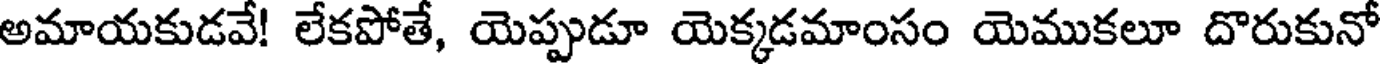
అమాయకుడవే! లేకపోతే, యెప్పుడూ యెక్కడమాంసం యెముకలూ దొరుకునో